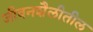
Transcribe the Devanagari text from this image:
जीवनशैलीतील